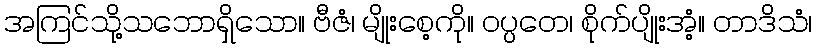
အကြင်သို့သဘောရှိသော။ ဗီဇံ၊ မျိုးစေ့ကို။ ဝပ္ပတေ၊ စိုက်ပျိုးအံ့။ တာဒိသံ၊